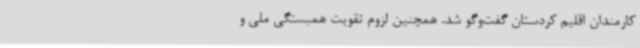
کارمندان اقلیم کردستان گفت‌وگو شد. همچنین لزوم تقویت همبستگی ملی و